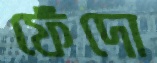
ফেঁদো